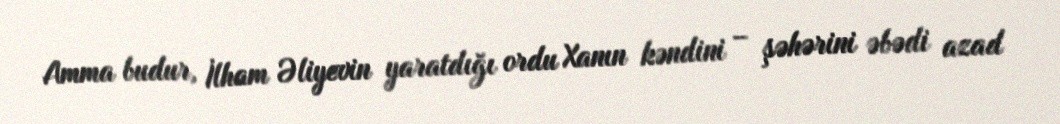
Amma budur, İlham Əliyevin yaratdığı ordu Xanın kəndini – şəhərini əbədi azad